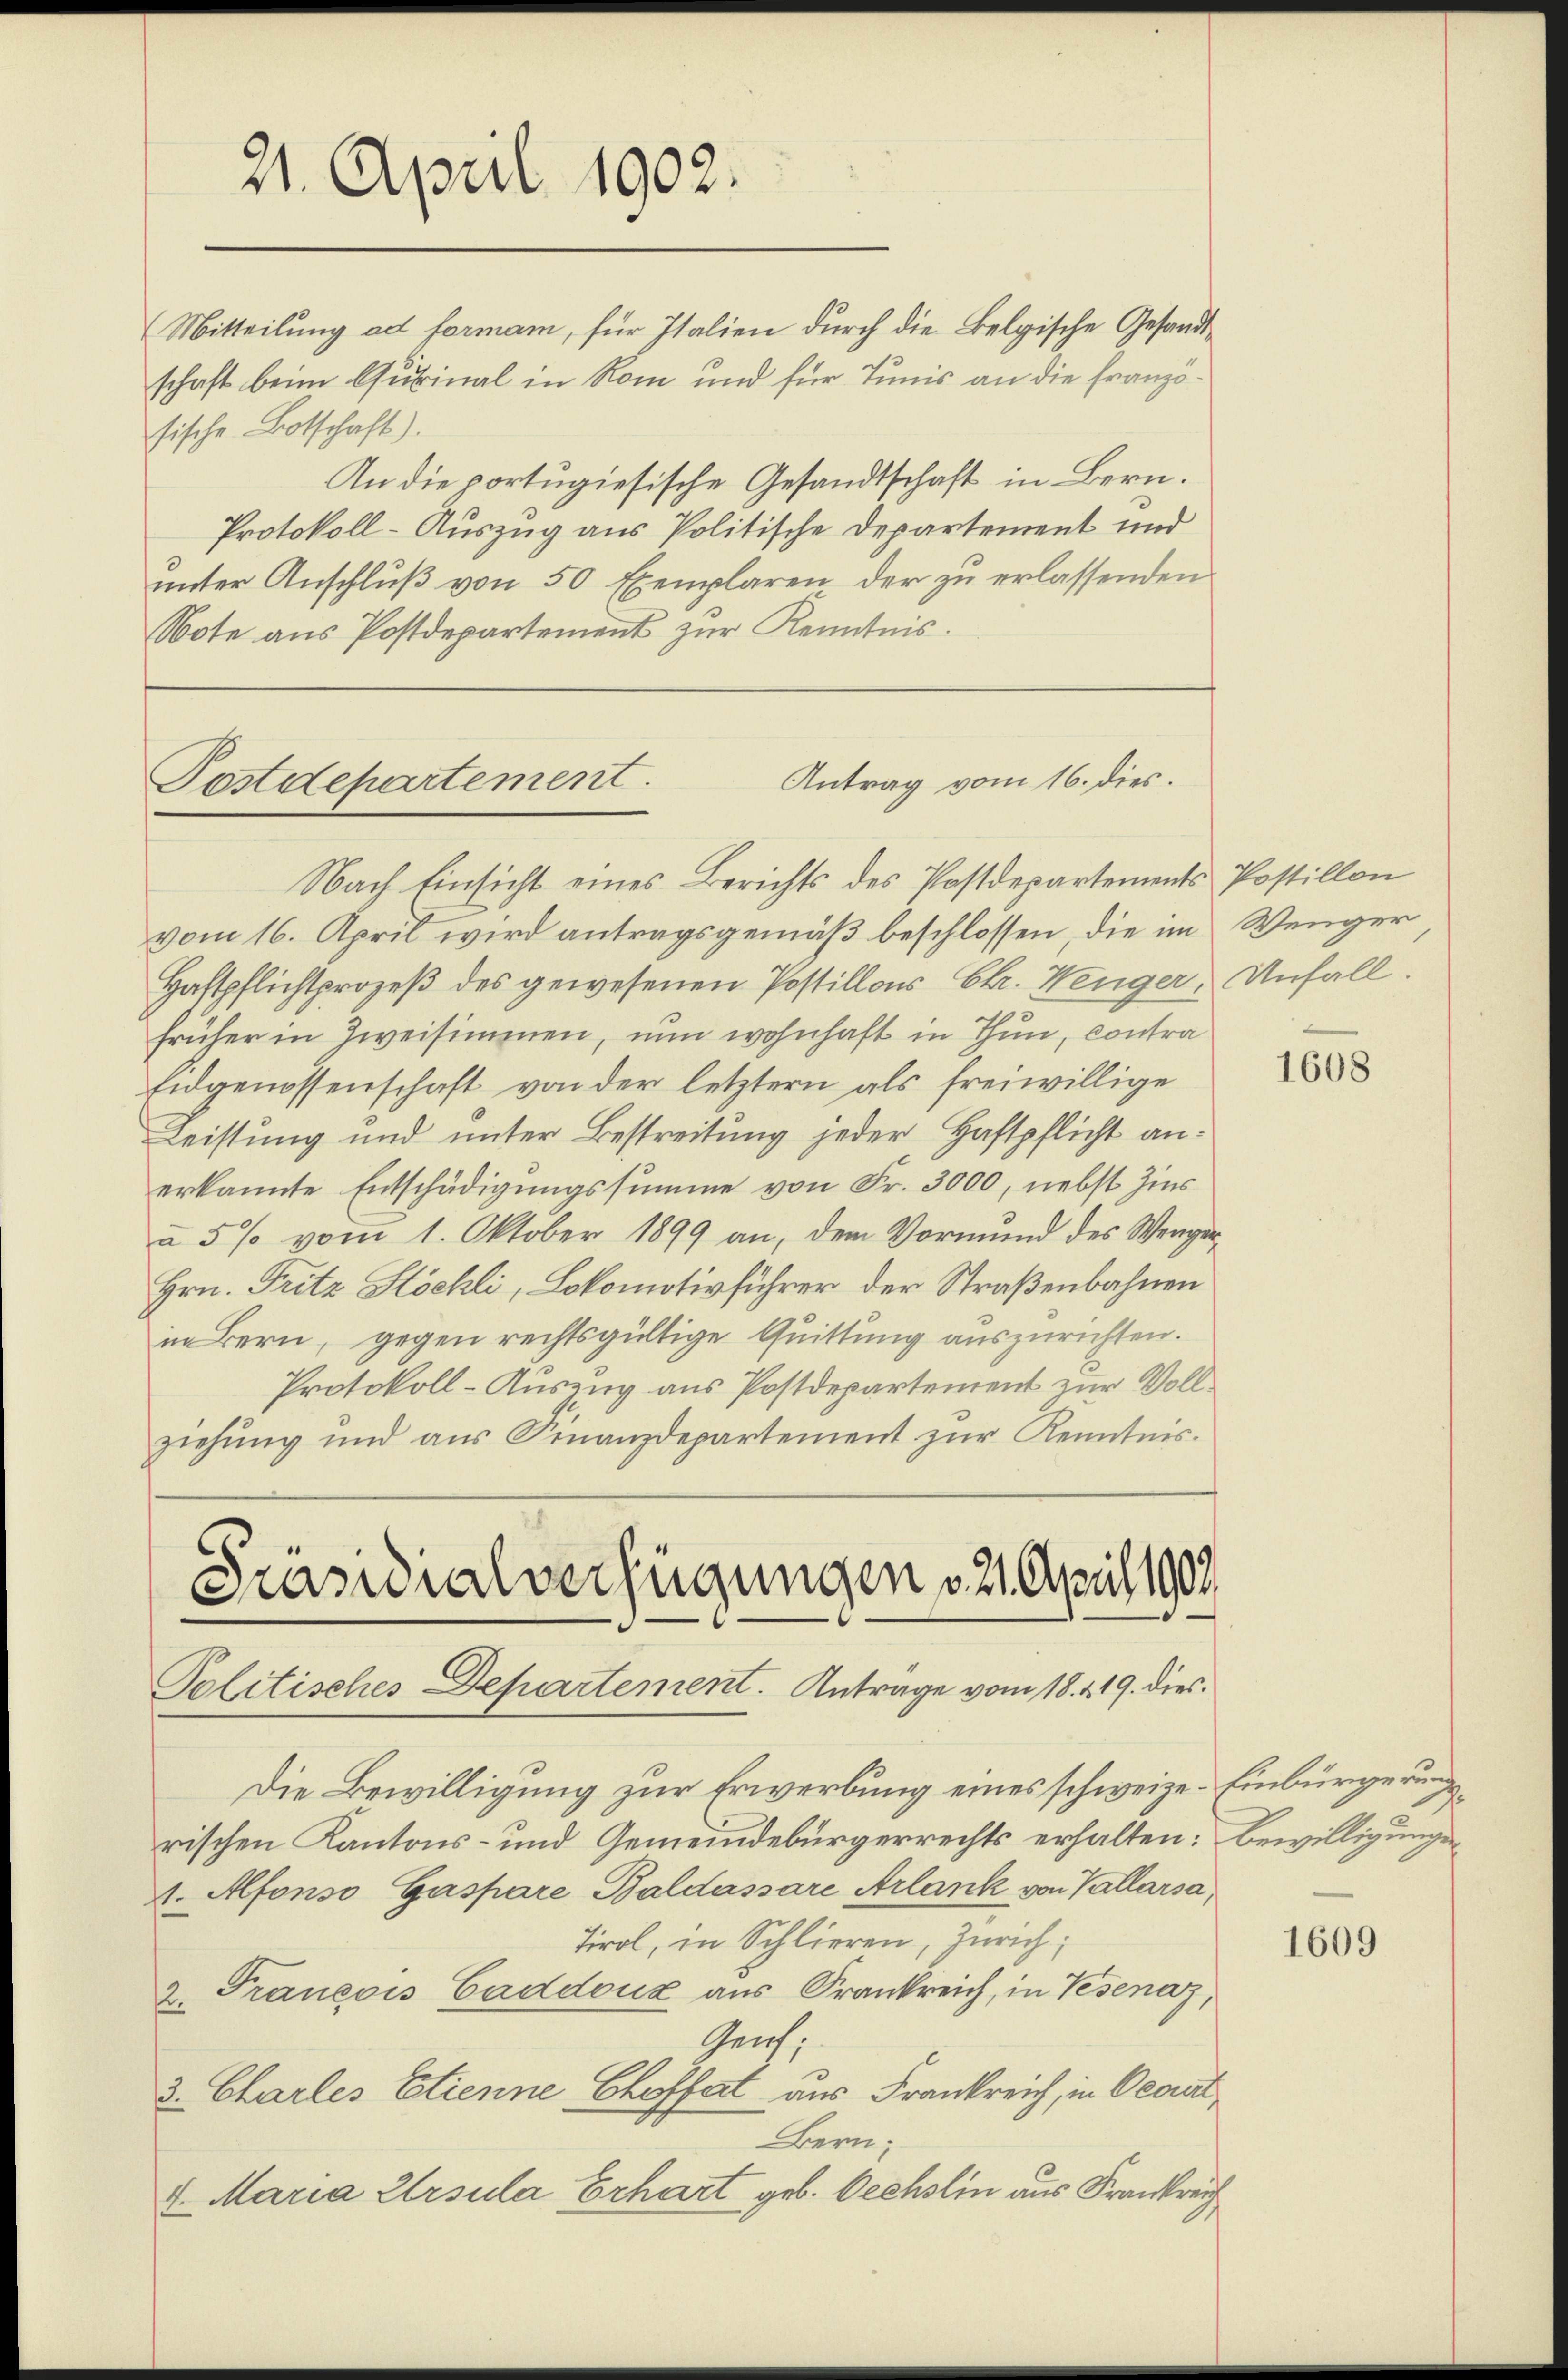
Nach Einsicht eines Berichts des Postdepartements Postillon
vom 16. April wird antragsgemäß beschlossen, die im Wenger
Haftpflichtprozeß des gewesenen Postillors Chr. Wenger, Unfall.
früher in Zweisimmen, nun wohnhaft in Thun, contra
Eidgenossenschaft von der letztern als freiwillige
Leistung und unter Bestreitung jeder Haftpflicht anerkannte Entschädigungssumme von Fr. 3000, nebst Zins
u 5% vom 1. Oktober 1899 an, dem Vormŭnd des Wenger-
Hrn. Fritz Stöchli, Lokomotivführer der Straßenbahnen
in Bern, gegen rechtsgültige Quittung auszurichten.
Protokoll-Auszug aus Postdepartement zur Vollziehung und aŭs Finanzdepartement zŭr Kenntnis.

21. April 1902.

(Mitteilung ad formam, für Italien durch die Belgische Gesandtschaft beim Gubinal in Rom und für Tunis an die französische Botschaft).
An die portugiesische Gesandtschaft in Bern.
Protokoll-Auszug aus Politische Departement und
ŭnter Anschlŭβ von 50 Exemplaren der zŭ erlassenden
Note aus Postdepartement zur Kenntnis.

Antrag vom 16. dies.
Festdepartement

Präsidialverfügungen v. 21. April 1909
Politisches Departement. Antrage vom 18. 219. dies

Die Bewilligung zur Erwerbung eines schweize- Einbürgerungsrischen Kantons- und Gemeindebürgerrechts erhalten: Bewilligungen
A. Afonso Gaspare Baldassare Arlank von Vallarsa¬
Tirol, in Schlieren, Zürich;
z. Francois Caddoux aus Frankreich, in Vesenaz,
Geich,
3. Charles Etienne Chofft aus Frankreich, in Oceat¬
Bern.
 Maria Ursula Erhart geb. Oechslin aus Frankre

1608

1609